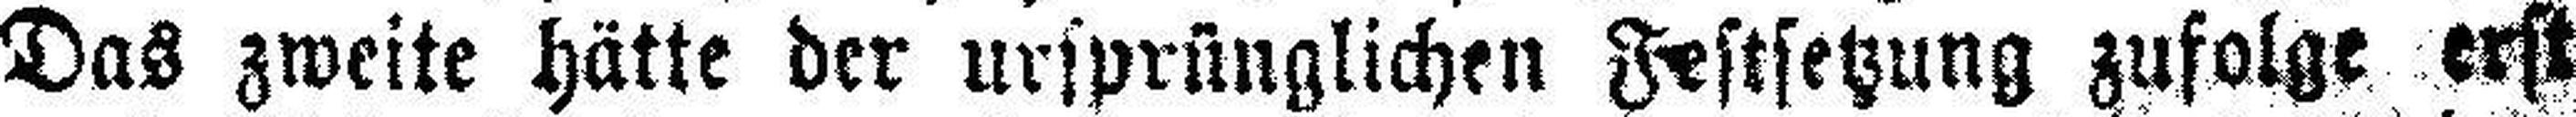
Das zweite hätte der ursprünglichen Festsetzung zufolge erst